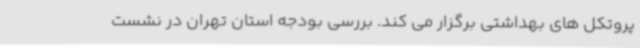
پروتکل های بهداشتی برگزار می کند. بررسی بودجه استان تهران در نشست